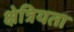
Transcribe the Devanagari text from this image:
क्षेत्रियता